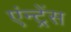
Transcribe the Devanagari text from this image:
एंन्ट्रेंस